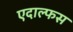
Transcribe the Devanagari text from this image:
एदाल्फस